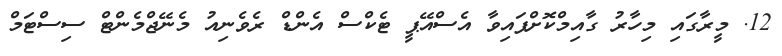
12. މީރާގައި މިހާރު ގާއިމްކޮށްފައިވާ އެސްއޭޕީ ޓެކްސް އެންޑް ރެވެނިއު މެނޭޖްމެންޓް ސިސްޓަމް